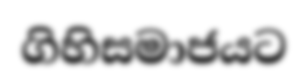
ගිහිසමාජයට